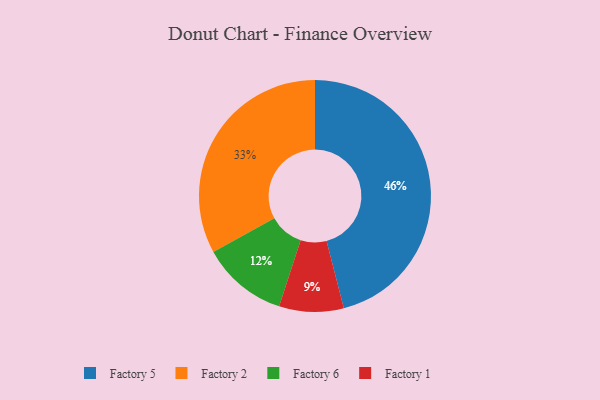
{"axis": {"x": "Category", "y": "Percentage"}, "legend": ["Factory 1", "Factory 2", "Factory 5", "Factory 6"], "data": [{"x": "Factory 2", "y": 33, "type": "Factory 2"}, {"x": "Factory 6", "y": 12, "type": "Factory 6"}, {"x": "Factory 5", "y": 46, "type": "Factory 5"}, {"x": "Factory 1", "y": 9, "type": "Factory 1"}]}